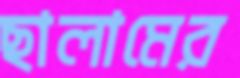
ছালামের